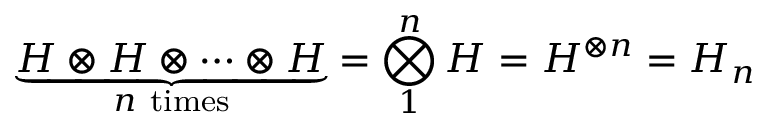
\underbrace { H \otimes H \otimes \dots \otimes H } _ { n { \mathrm { ~ t i m e s } } } = \bigotimes _ { 1 } ^ { n } H = H ^ { \otimes n } = H _ { n }